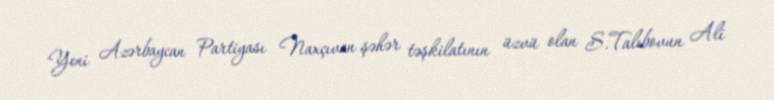
Yeni Azərbaycan Partiyası Naxçıvan şəhər təşkilatının üzvü olan S.Talıbovun Ali